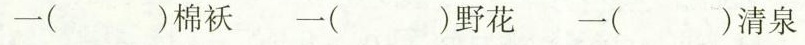
一( )棉袄 一( )野花一( )清泉